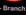
branch